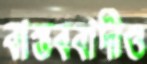
বাস্তববাদীও